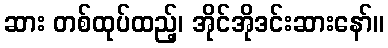
ဆား တစ်ထုပ်ထည့်၊ အိုင်အိုဒင်းဆားနော်။